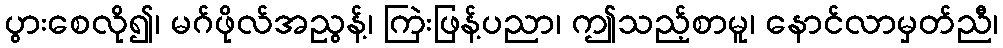
ပွားစေလို၍၊ မဂ်ဖိုလ်အညွန့်၊ ကြဲးဖြန့်ပညာ၊ ဤသည့်စာမူ၊ နောင်လာမှတ်ညီ၊